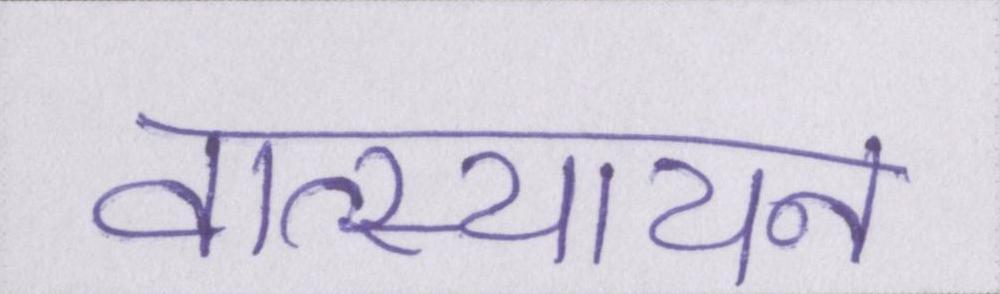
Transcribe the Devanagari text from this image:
वात्स्यायन